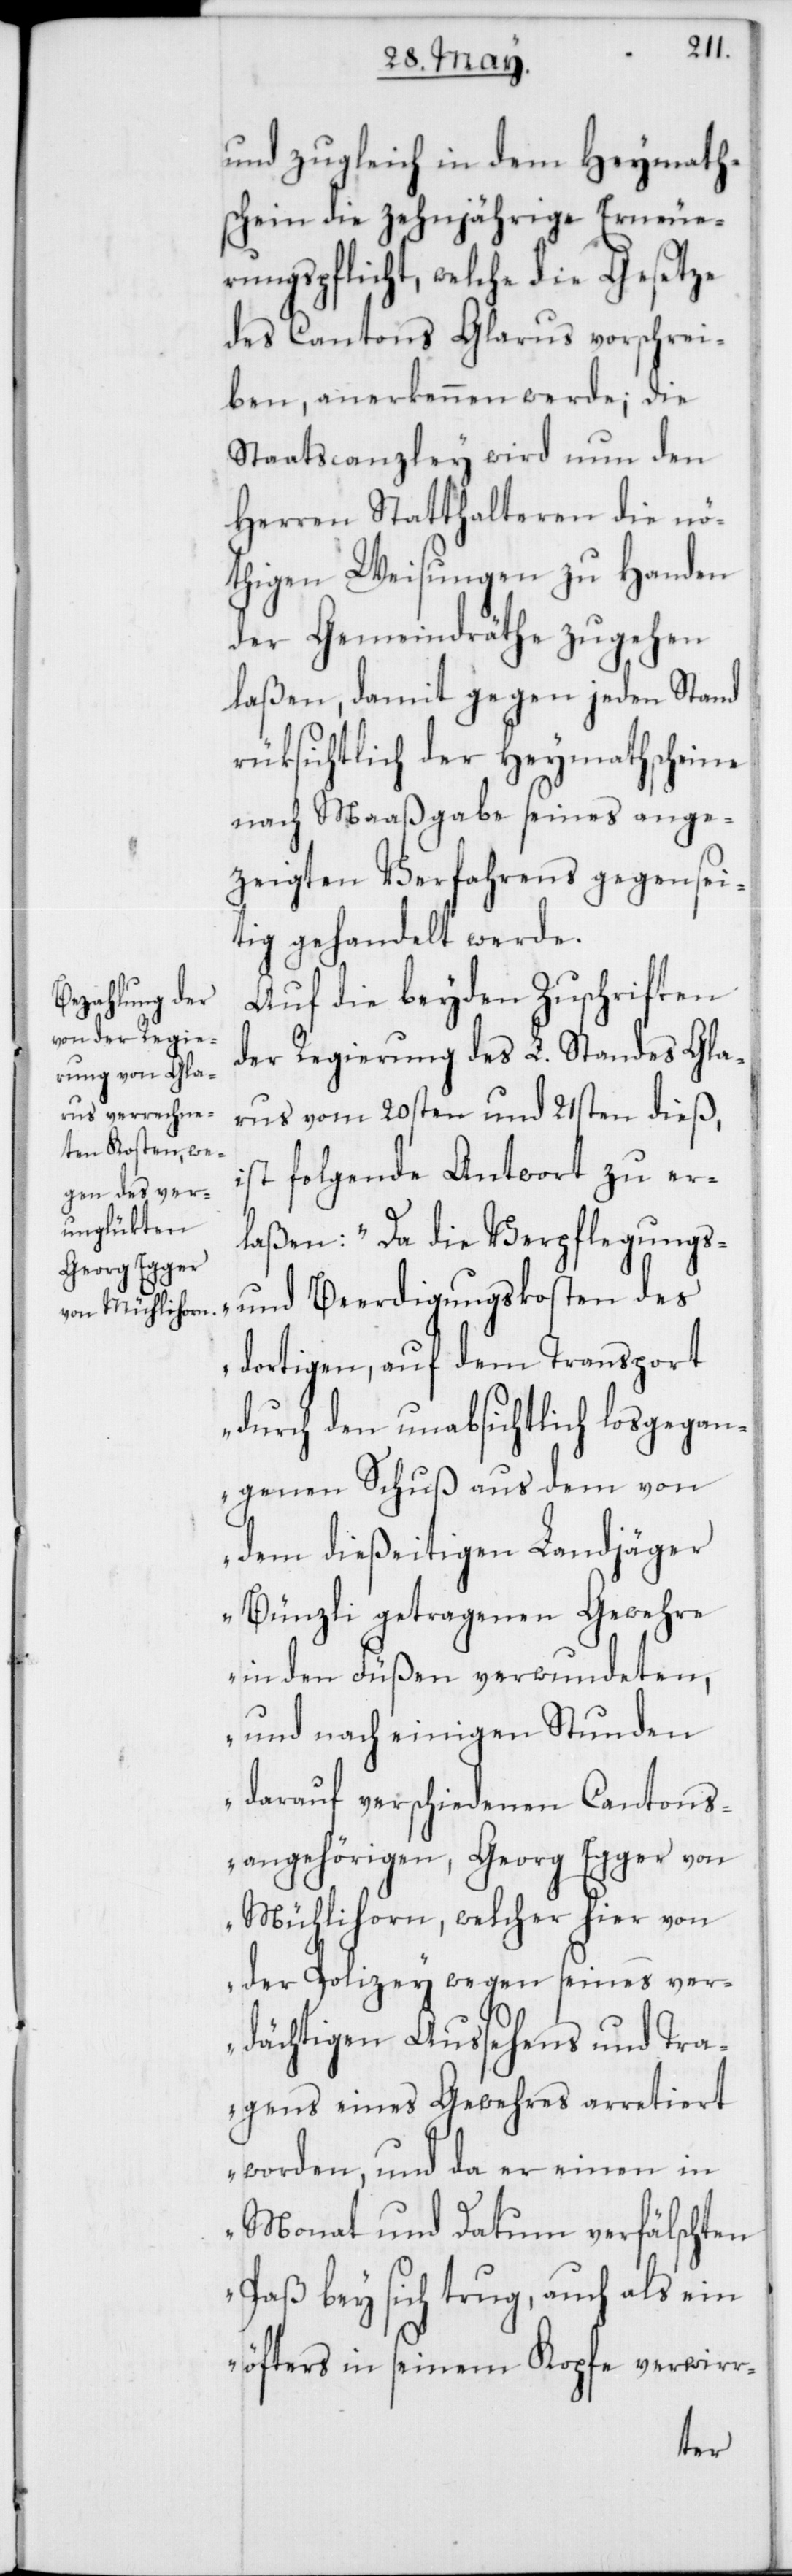
und zugleich in dem Heymath¬
schein die zehnjährige Erneue¬
rungspflicht, welche die Gesetze
des Cantons Glarus vorschrei¬
ben, anerkennen werde, die
Staatscanzley wird nun den
Herren Statthalteren die nö¬
thigen Weisungen zu Handen
der Gemeindräthe zugehen
laßen, damit gegen jeden Stand
rüksichtlich der Heymathscheine
nach Maaßgabe seines ange¬
zeigten Verfahrens gegensei¬
tig gehandelt werde.
Auf die beyden Zuschriften
der Regierung des L. Standes Gla¬
rus vom 20sten und 21sten dieß,
ist folgende Antwort zu er¬
laßen: „Da die Verpflegungs-
und Beerdigungskosten des
dortigen, auf dem Transport
durch den unabsichtlich losgegan¬
genen Schuß aus dem von
dem dießeitigen Landjäger
Bünzli getragenen Gewehre
in den Füßen verwundeten,
und nach einigen Stunden
darauf verschiedenen Cantons¬
angehörigen, Georg Egger von
Mühlihorn, welcher hier von
der Polizey wegen seines ver¬
dächtigen Aussehens und Tra¬
gens eines Gewehres arretiert
worden, und da er einen in
Monat und Datum verfälschten
Paß bey sich trug, auch als ein
öfters in seinem Kopfe verwirr-